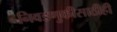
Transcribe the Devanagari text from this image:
निवडणुकीसाठीही